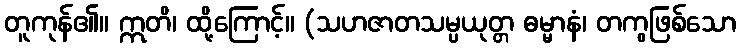
တူကုန်၏။ ဣတိ၊ ထို့ကြောင့်။ (သဟဇာတသမ္ပယုတ္တ ဓမ္မာနံ၊ တကွဖြစ်သော